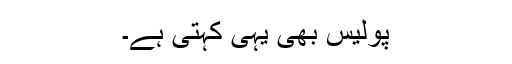
پولیس بھی یہی کہتی ہے۔